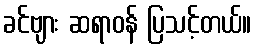
ခင်ဗျား ဆရာဝန် ပြသင့်တယ်။